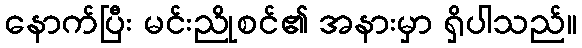
နောက်ပြီး မင်းညိုစင်၏ အနားမှာ ရှိပါသည်။